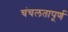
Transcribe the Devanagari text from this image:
चंचलतापूर्ण